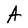
Character: A